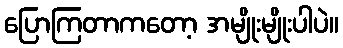
ပြောကြတာကတော့ အမျိုးမျိုးပါပဲ။